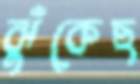
ঝুঁকেছ